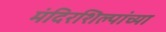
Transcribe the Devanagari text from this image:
मंदिरशिल्पांच्या